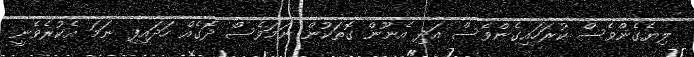
ލިޔެގެންވެސް ކުރަހައިގެންވެސް އަދި އެނޫން ގޮތަކުން ނަމަވެސް ދޮގެއް ހަދައިފި ނަމަ އެކުރެވެނީ